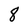
Character: 8